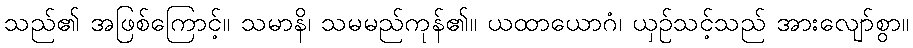
သည်၏ အဖြစ်ကြောင့်။ သမာနိ၊ သမမည်ကုန်၏။ ယထာယောဂံ၊ ယှဉ်သင့်သည် အားလျော်စွာ။